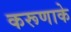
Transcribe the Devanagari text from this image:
करूणाके